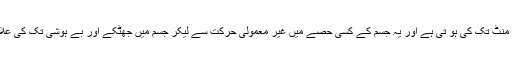
یہ کیفیت چند سکینڈ سے چند منٹ تک کی ہو تی ہے اور یہ جسم کے کسی حصے میں غیر معمولی حرکت سے لیکر جسم میں جھٹکے اور بے ہوشی تک کی علامات کے ساتھ ہوسکتی ہے ۔